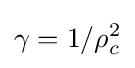
\gamma =1/\rho _{c}^{2}